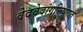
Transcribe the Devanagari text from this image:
वेदवेदांगनिष्णात